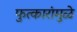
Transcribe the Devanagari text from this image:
फुत्कारांमुळे